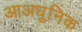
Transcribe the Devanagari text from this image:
आअधुनिक